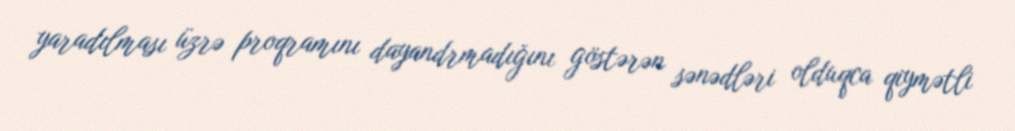
yaradılması üzrə proqramını dayandrmadığını göstərən sənədləri olduqca qiymətli